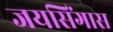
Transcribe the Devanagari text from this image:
जयसिंगास